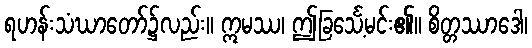
ရဟန်းသံဃာတော်၌လည်း။ ဣမဿ၊ ဤခြင်္သေ့မင်း၏။ စိတ္တဿာဒေါ၊